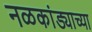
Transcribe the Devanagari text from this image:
नळकांड्याच्या